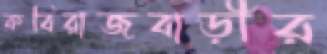
কবিরাজবাড়ীর